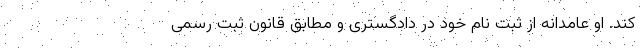
کند. او عامدانه از ثبت نام خود در دادگستری و مطابق قانون ثبت رسمی